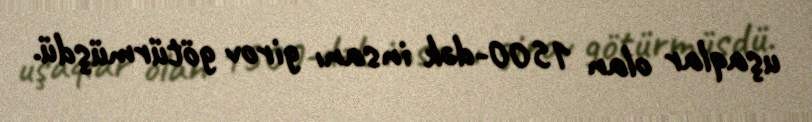
uşaqlar olan 1500-dək insanı girov götürmüşdü.